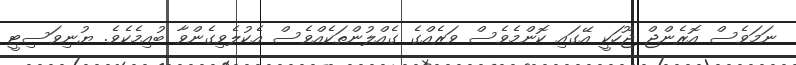
ނަމަވެސް އޮރެންޖް ޖޫހަކީ އޭގައި ކޮންމެވެސް ވަރެއްގެ ގެއްލުންތަކެއްވެސް އެކުލެވިގެންވާ ބުއިމެކެވެ. ޔުނިވަސިޓީ